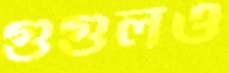
গুগুলও